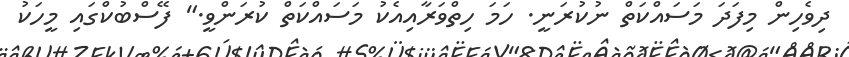
ދިވެހިން މިފަދަ މަސައްކަތް ނުކުރަނީ. ހަމަ ހިތްވަރާއިއެކު މަސައްކަތް ކުރަންވީ." ފޭސްބުކްގައި މީހަކު